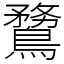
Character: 䳱